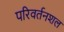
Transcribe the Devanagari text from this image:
परिवर्तनशल